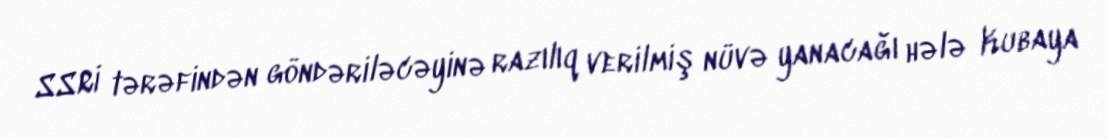
SSRİ tərəfindən göndəriləcəyinə razılıq verilmiş nüvə yanacağı hələ Kubaya